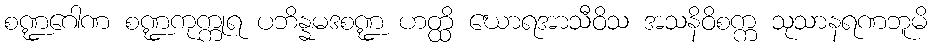
စဏ္ဍဂေါဏ စဏ္ဍကုက္ကုရ ပဘိန္နမဒစဏ္ဍ ဟတ္ထိ ဃောရအာသီဝိသ အသနိဝိစက္က သုသာနရဏဘူမိ